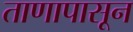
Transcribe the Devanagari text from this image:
ताणापासून